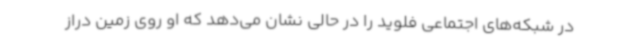
در شبکه‌های اجتماعی فلوید را در حالی نشان می‌دهد که او روی زمین دراز